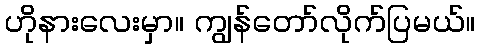
ဟိုနားလေးမှာ။ ကျွန်တော်လိုက်ပြမယ်။